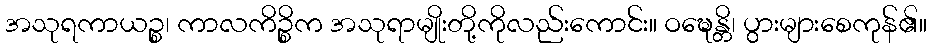
အသုရကာယဉ္စ၊ ကာလကိဉ္စိက အသုရာမျိုးတို့ကိုလည်းကောင်း။ ဝဍ္ဎေန္တိ၊ ပွားများစေကုန်၏။